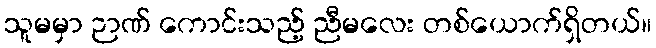
သူမမှာ ဉာဏ် ကောင်းသည့် ညီမလေး တစ်ယောက်ရှိတယ်။